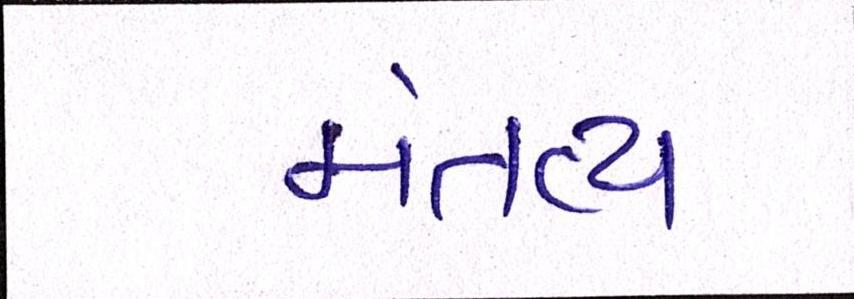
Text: મંતવ્ય